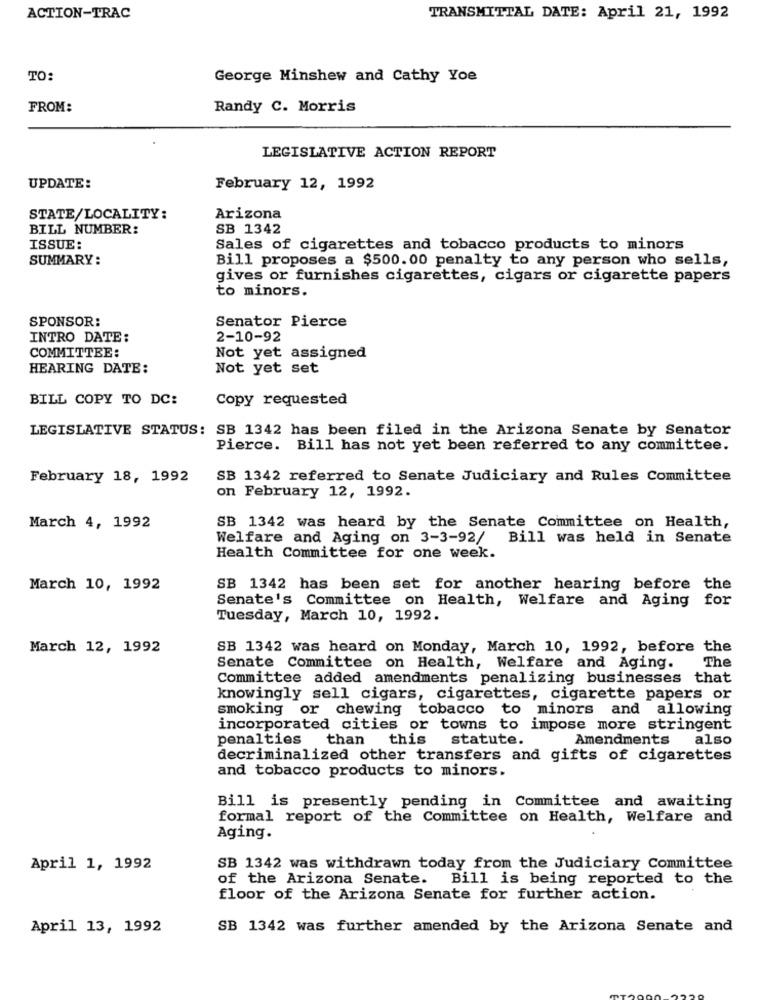
ACTION-TRAC
TRANSMITTAL DATE: April 21, 1992
TO:
George Minshew and Cathy Yoe
FROM:
Randy C. Morris
LEGISLATIVE ACTION REPORT
UPDATE:
February 12, 1992
STATE/LOCALITY:
Arizona
BILL NUMBER:
SB 1342
ISSUE:
Sales of cigarettes and tobacco products to minors
SUMMARY:
Bill proposes a $500.00 penalty to any person who sells,
gives or furnishes cigarettes, cigars or cigarette papers
to minors.
SPONSOR:
Senator Pierce
INTRO DATE:
2-10-92
COMMITTEE:
Not yet assigned
HEARING DATE:
Not yet set
BILL COPY TO DC:
Copy requested
LEGISLATIVE STATUS: SB 1342 has been filed in the Arizona Senate by Senator
Pierce. Bill has not yet been referred to any committee.
February 18, 1992
SB 1342 referred to Senate Judiciary and Rules Committee
on February 12, 1992.
SB 1342 was heard by the Senate Committee on Health,
March 4, 1992
Welfare and Aging on 3-3-92/
Bill was held in Senate
Health Committee for one week.
March 10, 1992
SB 1342 has been set for another hearing before the
Senate's Committee on Health, Welfare and Aging for
Tuesday, March 10, 1992.
March 12, 1992
SB 1342 was heard on Monday, March 10, 1992, before the
The
Senate Committee on Health, Welfare and Aging.
Committee added amendments penalizing businesses that
knowingly sell cigars, cigarettes, cigarette papers or
smoking or chewing tobacco
to minors and allowing
incorporated cities or towns to impose more stringent
penalties than
this
statute.
Amendments
also
decriminalized other transfers and gifts of cigarettes
and tobacco products to minors.
Bill is presently pending in Committee and awaiting
formal report of the Committee on Health, Welfare and
Aging.
April 1, 1992
SB 1342 was withdrawn today from the Judiciary Committee
of the Arizona Senate.
Bill is being reported to the
floor of the Arizona Senate for further action.
April 13, 1992
SB 1342 was further amended by the Arizona Senate and